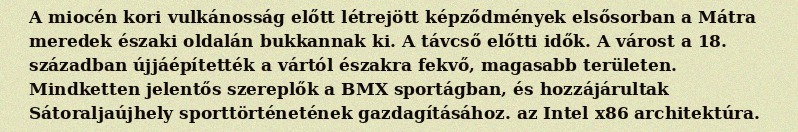
A miocén kori vulkánosság előtt létrejött képződmények elsősorban a Mátra meredek északi oldalán bukkannak ki. A távcső előtti idők. A várost a 18. században újjáépítették a vártól északra fekvő, magasabb területen. Mindketten jelentős szereplők a BMX sportágban, és hozzájárultak Sátoraljaújhely sporttörténetének gazdagításához. az Intel x86 architektúra.